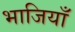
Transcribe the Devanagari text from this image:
भाजियाँ